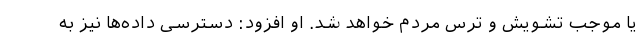
یا موجب تشویش و ترس مردم خواهد شد. او افزود: دسترسی داده‌ها نیز به